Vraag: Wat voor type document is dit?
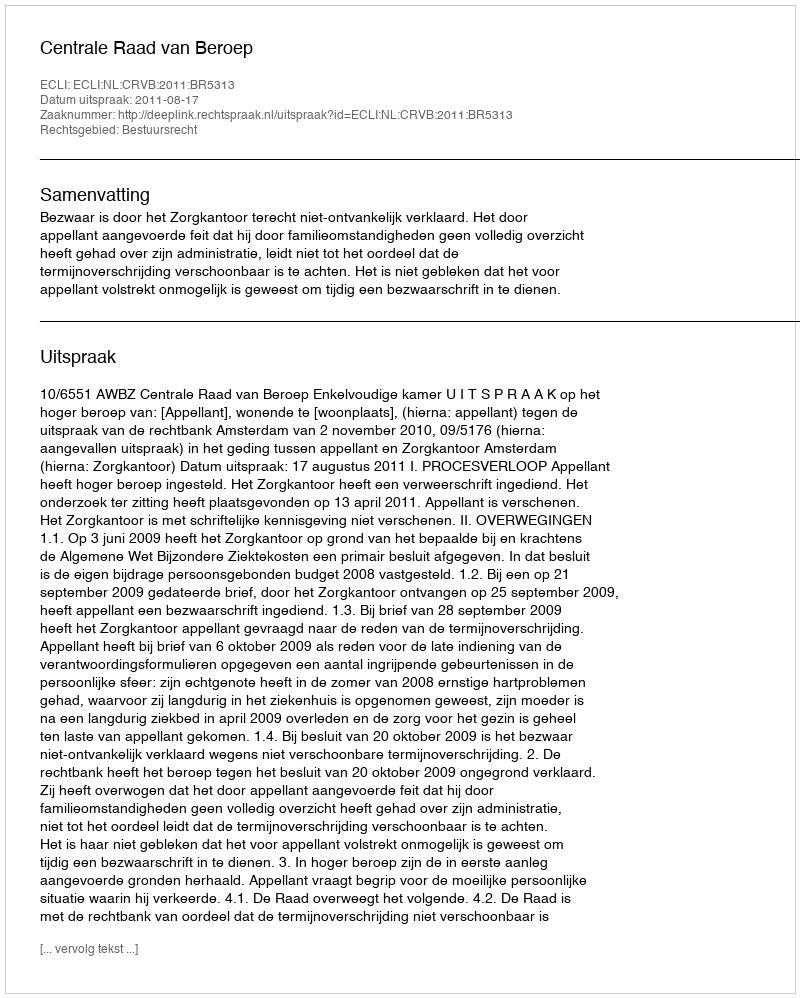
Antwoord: Uitspraak